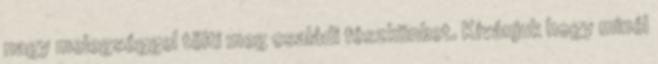
nagy melegséggel tölti meg családi fészkünket. Kívánjuk hogy minél